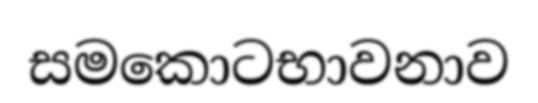
සමකොටභාවනාව